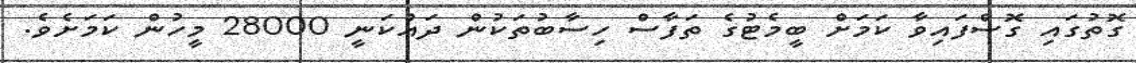
ގޮތުގައި ގޮސްފައިވާ ކަމަށް ބީމެޓުގެ ތަފާސް ހިސާބުތަކުން ދައްކަނީ 28000 މީހުން ކަމަށެވެ.